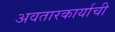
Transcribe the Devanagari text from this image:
अवतारकार्याची